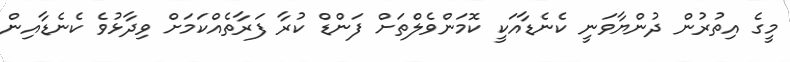
މީގެ އިތުރުން ދުންޔާވަނީ ކެނެޑާއަކީ ކޮމަންވެލްތަށް ފަންޑް ކުރާ ފަރާތެއްކަމަށް ވިދާޅުވެ ކެނެޑާއިން